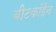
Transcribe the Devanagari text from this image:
बीटकॉईन